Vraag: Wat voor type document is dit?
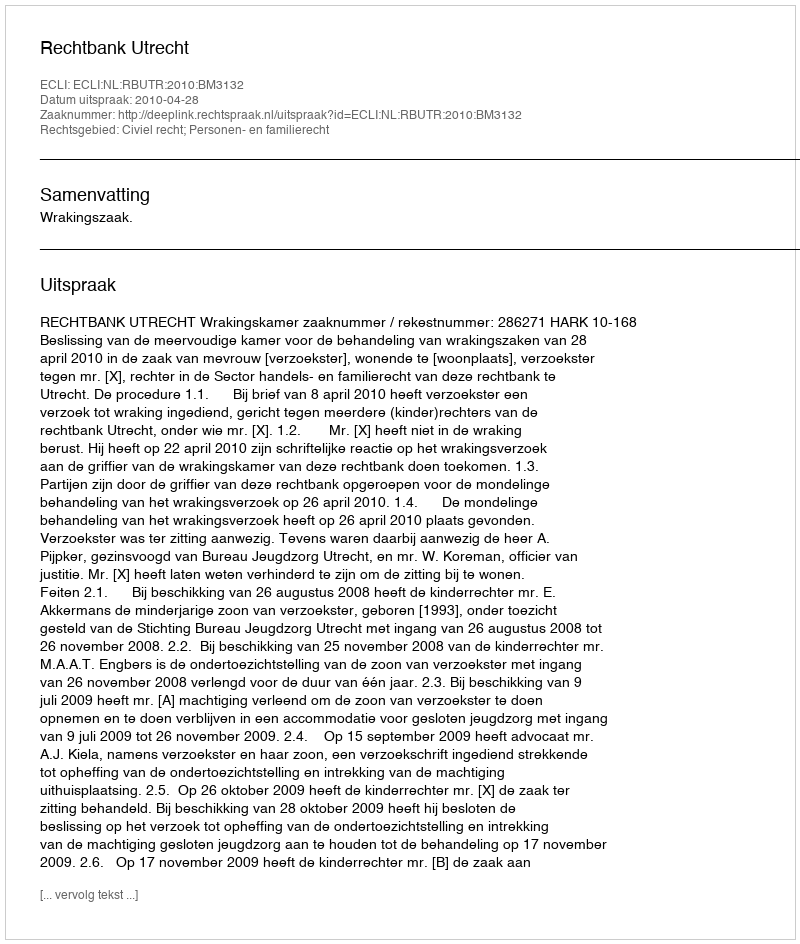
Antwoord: Uitspraak